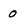
Character: 0